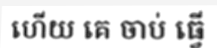
ហើយ គេ ចាប់ ធ្វើ